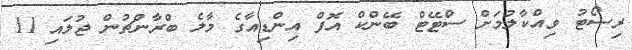
ރިސޯޓު ވިއްކާލުމަށް ސްޓޭޓް ބޭންކް އޮފް އިންޑިއާގެ މާލެ ބްރާންޗުން ޖުލައި 11